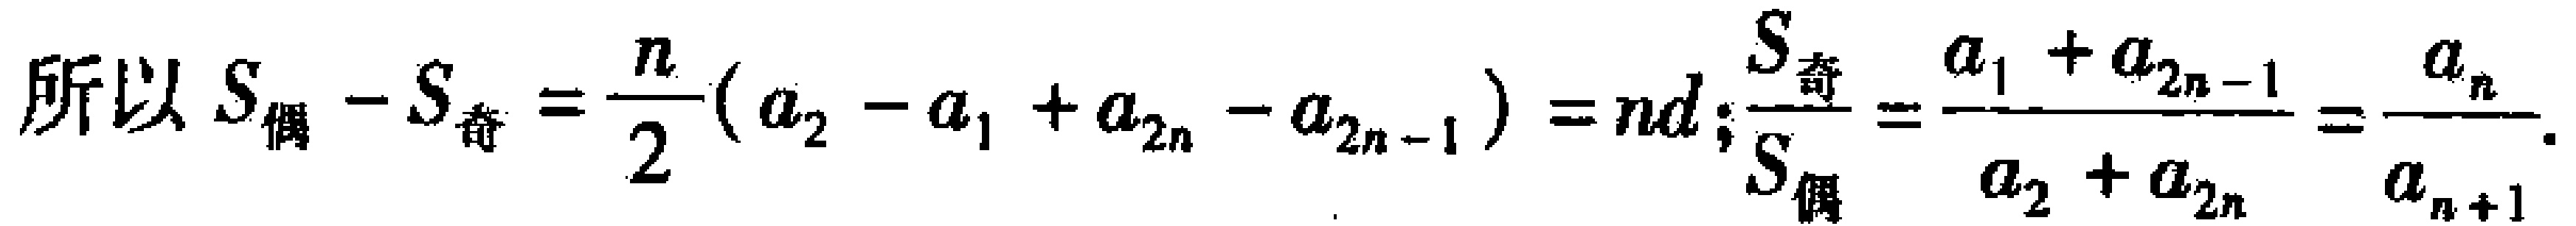
所以 \(S_{偶}-S_{奇}=\frac{n}{2}(a_{2}-a_{1}+a_{2n}-a_{2n - 1}) = nd;\frac{S_{奇}}{S_{偶}}=\frac{a_{1}+a_{2n - 1}}{a_{2}+a_{2n}}=\frac{a_{n}}{a_{n + 1}}\).